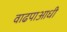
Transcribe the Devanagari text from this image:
वाढपाआधी